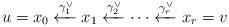
LaTeX: \begin{align*}u = x_0 \xleftarrow{\gamma_1^\lor} x_1 \xleftarrow{\gamma_2^\lor} \cdots \xleftarrow{\gamma_r^\lor} x_r =v\end{align*}